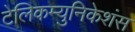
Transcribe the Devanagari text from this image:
टेलिकम्युनिकेशंस